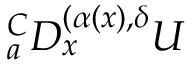
{ } _ { a } ^ { C } D _ { x } ^ { ( \alpha ( x ) , \delta } U